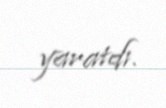
yaratdı.